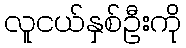
လူငယ်နှစ်ဦးကို